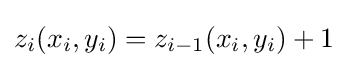
z_{i}(x_{i},y_{i})=z_{i-1}(x_{i},y_{i})+1